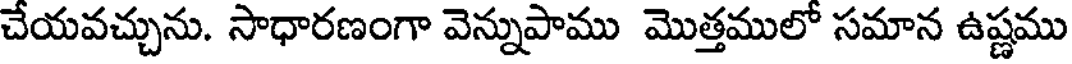
చేయవచ్చును. సాధారణంగా వెన్నుపాము మొత్తములో సమాన ఉష్ణము